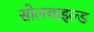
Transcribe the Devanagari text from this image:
सोलचाइल्ड